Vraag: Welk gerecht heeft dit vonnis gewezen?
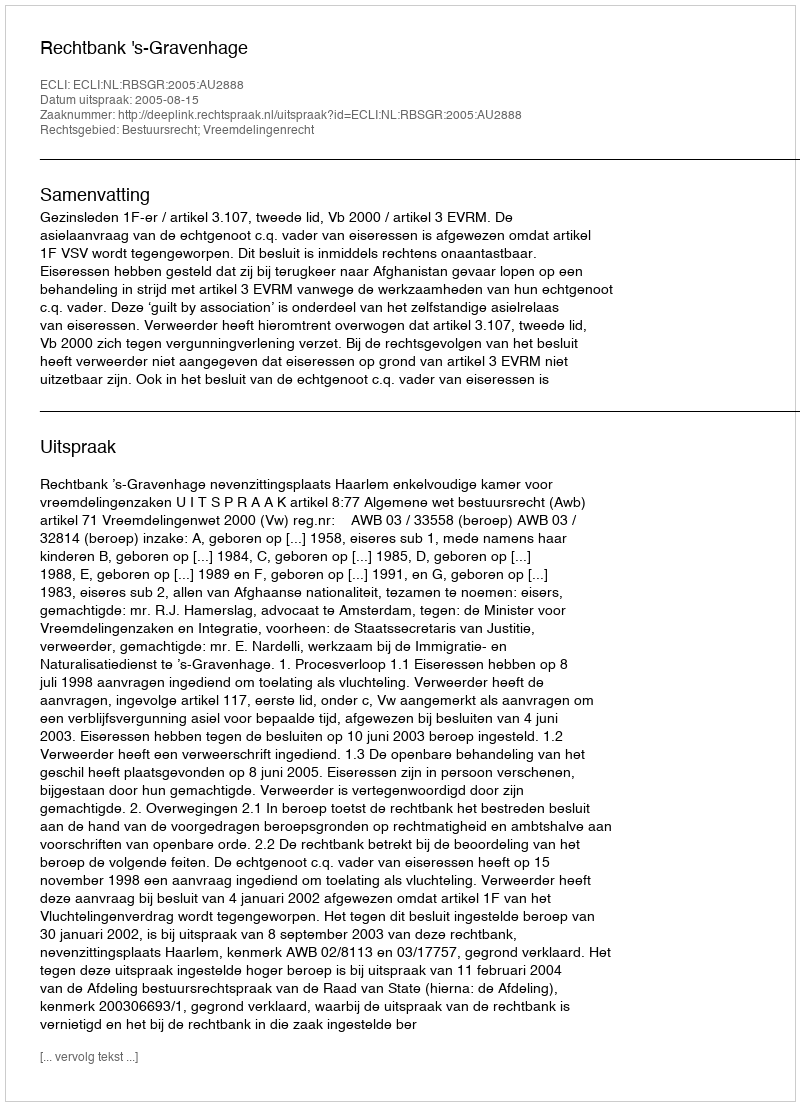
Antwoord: Rechtbank 's-Gravenhage